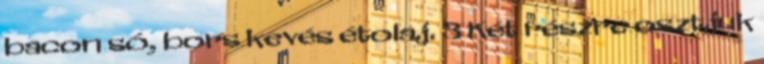
bacon só, bors kevés étolaj. 3 Két részre osztjuk